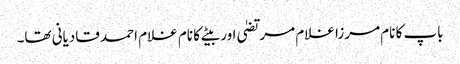
باپ کا نام مرزا غلام مرتضیٰ اور بیٹے کا نام غلام احمد قادیانی تھا۔